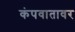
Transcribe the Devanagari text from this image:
कंपवातावर